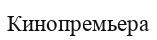
Кинопремьера